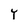
Character: Y